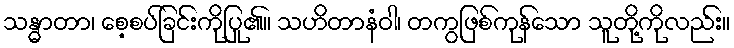
သန္ဓာတာ၊ စေ့စပ်ခြင်းကိုပြု၏။ သဟိတာနံဝါ၊ တကွဖြစ်ကုန်သော သူတို့ကိုလည်း။